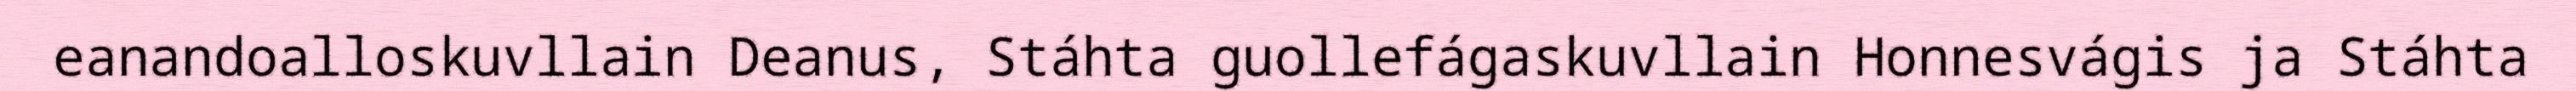
eanandoalloskuvllain Deanus, Stáhta guollefágaskuvllain Honnesvágis ja Stáhta